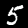
Digit: 5